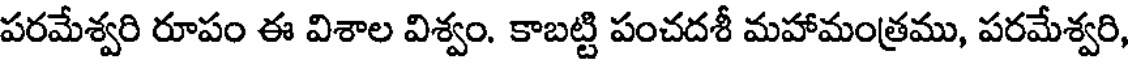
పరమేశ్వరి రూపం ఈ విశాల విశ్వం. కాబట్టి పంచదశీ మహామంత్రము, పరమేశ్వరి,